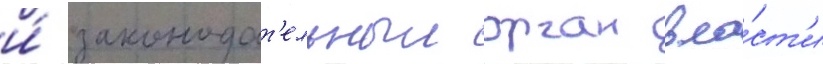
и́ законодат'ельныи орган вла́ст'и